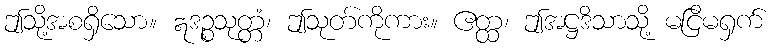
ဤသို့အစရှိသော။ ဣဒဉ္စသုတ္တံ၊ ဤသုတ်ကိုကား။ ဧတ္ထ၊ ဤအဋ္ဌဒိသာသို့ မငြိမရှက်